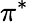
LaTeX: \pi^{*}